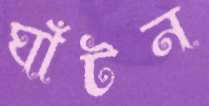
ঘাঁটন